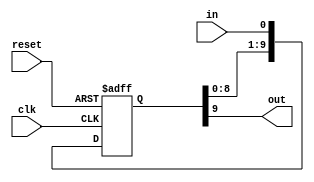
module BufferDelay (
    input wire clk,        // Clock signal
    input wire reset,      // Reset signal
    input wire in,         // Input signal
    output reg out         // Output signal with delay
);

// Parameter for the delay length
parameter DELAY_LENGTH = 10;

// Internal signal for delay
reg [DELAY_LENGTH-1:0] delay_reg;

// Delay logic
always @(posedge clk or posedge reset)
begin
    if (reset) begin
        delay_reg <= 0;
    end else begin
        delay_reg <= {delay_reg[DELAY_LENGTH-2:0], in};
    end
end

// Assign output with delayed signal
assign out = delay_reg[DELAY_LENGTH-1];

endmodule